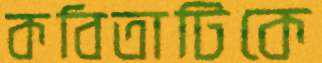
কবিতাটিকে